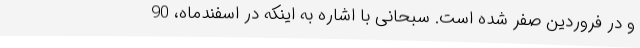
و در فروردین صفر شده است. سبحانی با اشاره به اینکه در اسفندماه، 90